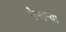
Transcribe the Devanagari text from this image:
गैबान्या